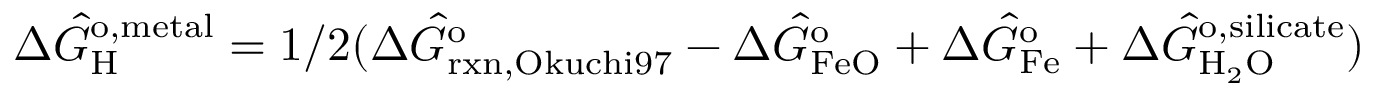
\Delta \hat { G } _ { \mathrm { H } } ^ { \mathrm { o , m e t a l } } = 1 / 2 ( \Delta \hat { G } _ { \mathrm { r x n , O k u c h i 9 7 } } ^ { \mathrm { o } } - \Delta \hat { G } _ { \mathrm { F e O } } ^ { \mathrm { o } } + \Delta \hat { G } _ { \mathrm { F e } } ^ { \mathrm { o } } + \Delta \hat { G } _ { \mathrm { H _ { 2 } O } } ^ { \mathrm { o , s i l i c a t e } } )